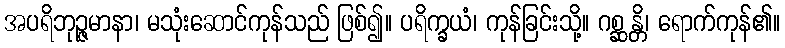
အပရိဘုဉ္ဇမာနာ၊ မသုံးဆောင်ကုန်သည် ဖြစ်၍။ ပရိက္ခယံ၊ ကုန်ခြင်းသို့။ ဂစ္ဆန္တိ၊ ရောက်ကုန်၏။